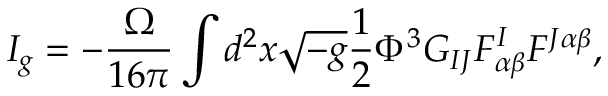
I _ { g } = - \frac { \Omega } { 1 6 \pi } \int d ^ { 2 } x \sqrt { - g } \frac { 1 } { 2 } \Phi ^ { 3 } G _ { I J } F _ { \alpha \beta } ^ { I } F ^ { J \alpha \beta } ,